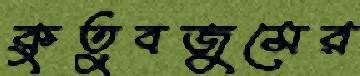
কুতুবজুমের